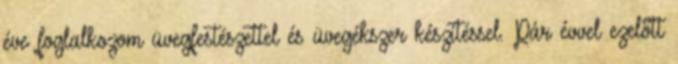
éve foglalkozom üvegfestészettel és üvegékszer készítéssel. Pár évvel ezelőtt